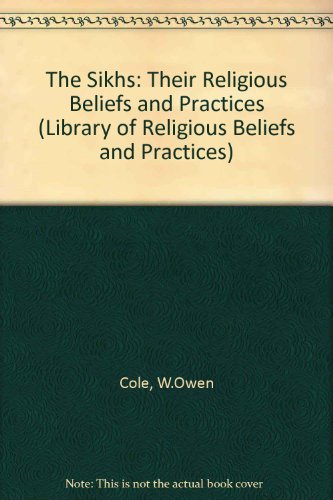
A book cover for The Sikhs: Their Religious Beliefs and Practices (Library of Religious Beliefs and Practices); W. Owen Cole; Religion & Spirituality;